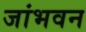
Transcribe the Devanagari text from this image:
जांभवन